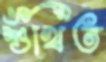
শুঁখিত